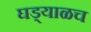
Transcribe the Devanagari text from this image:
घड्याळच